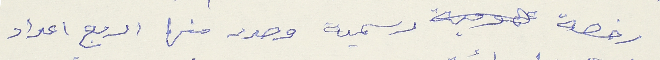
رخصة رسمية وصدر منها اربع اعداد